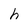
Character: h